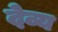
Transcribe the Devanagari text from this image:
देव्य